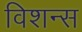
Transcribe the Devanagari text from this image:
विशन्स